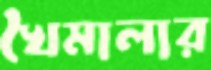
খৈমালার